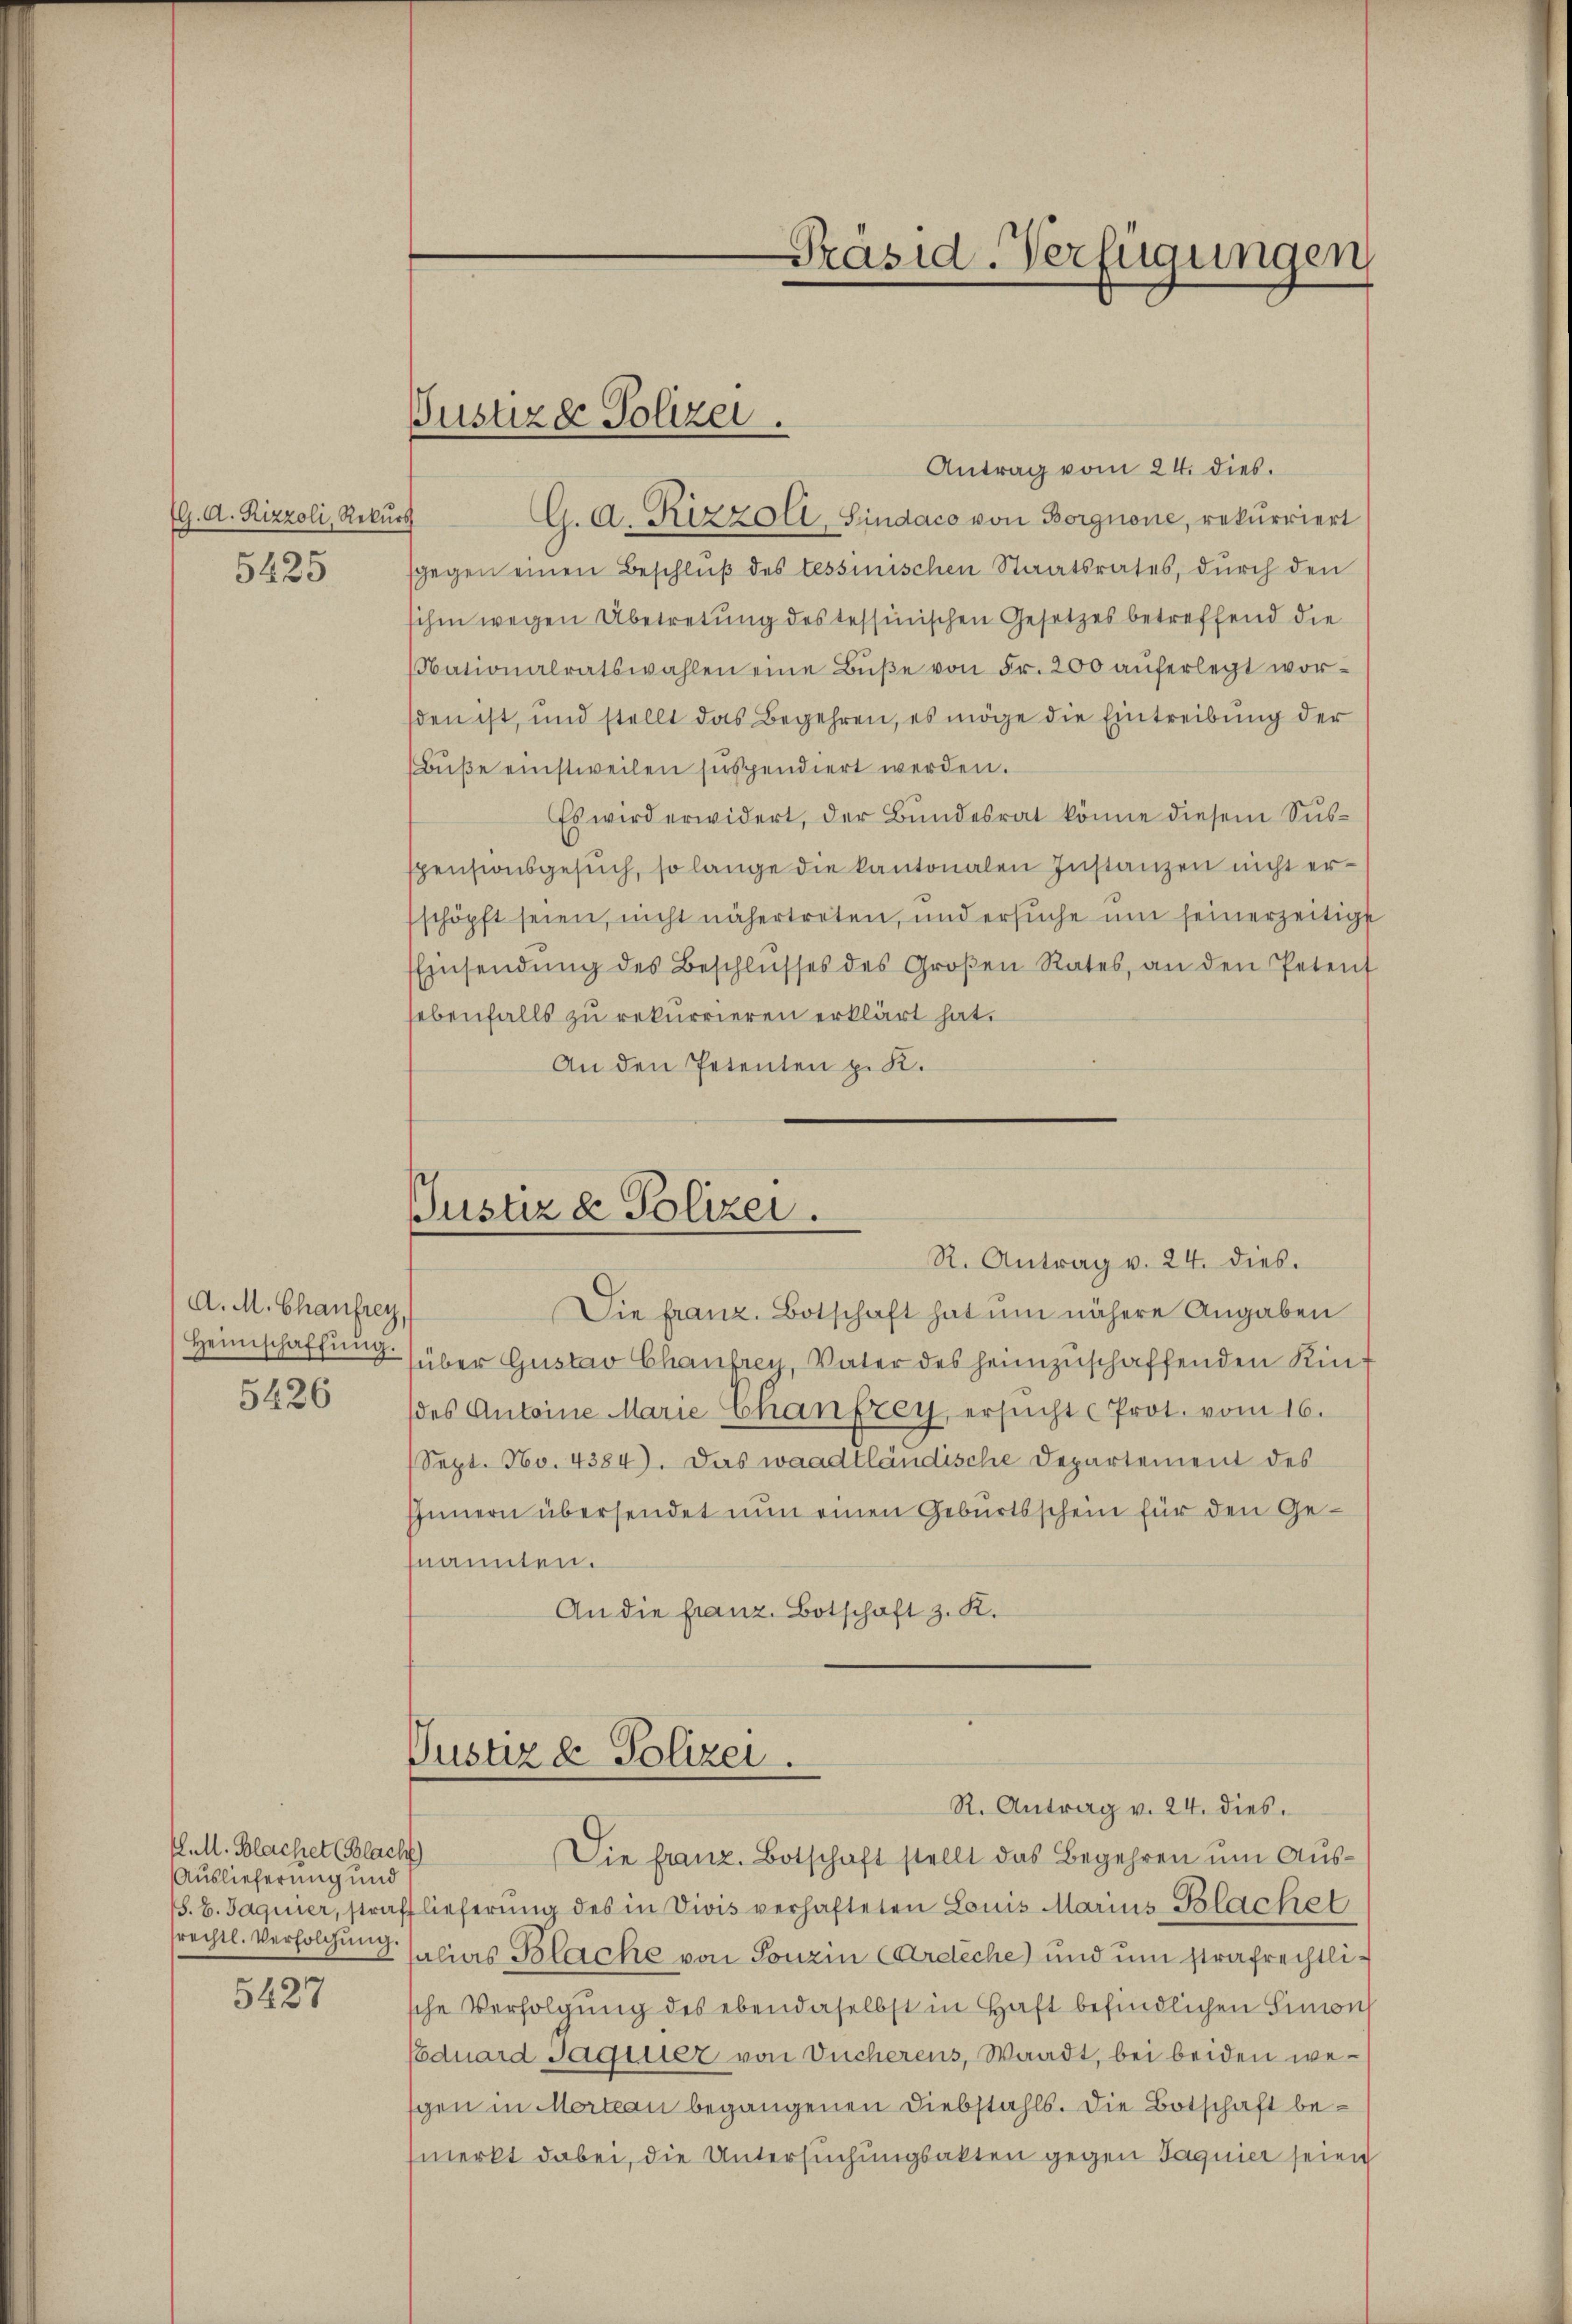
1G. A. Rizzoli, Rekurs
5425

A. M. Chaufrey,
5426

E.M. Blachet (Blacht
Auslieferung und
srechtl. Versolchung

5427

Antrag vom 24. dies.
G. A. Rizzoll, Sindaco von Borgnone, rekurriert
sgegen einen Beschluß des tessinischen Staatsrates, durch den
sihen wegen Abetretung des tessinischen Gesetzes betreffend die
bationalratswahlen eine Bŭβe von Fr. 200 auferlegt worsden ist, und stellt das Begehren, es möge die Eintreibung der
Bŭβe einstweilen suspendiert werden.
Es wird erwidert, der Bundesrat könne diesem Suspensionsgesuch, so lange die kantonalen Instanzen nicht erschöpft seien, nicht nähertreten, und ersŭche um seinerzeitige
Einsendŭng des Beschlŭsses des Großen Rates, an den Petent
sebenfalls zu rekurrieren erklärt hat.
An den Petenten p. K.

Justizde Polizei.

Die franz. Botschaft hat um nähere Angaben
Heimschaffung über Gustav Chaufrey, Vater des heimzuschaffenden Kin
des Antoine Marie Chanfrey, ersŭcht Prot. vom 16.
Sept. No. 4384). Das waadtländische Departement des
Innern übersendet nun einen Geburtsschein für den Genannten.
An die franz. Botschaft z. K.

Präsid-Verfügungen

Justiz & Polizei.
R. Antrag v. 24. dies.

Vustiz & Polizei.
R. Antrag v. 24. dies

Die franz. Botschaft stellt das Begehren um Aus¬
/S. B. Jaquier, strafflieferung des in Divis verhafteten Louis Marius Blackel
salias Blacke von Tonzin Carliche) und um strafrechtlische Verfolgung des ebendaselbst in Haft befindlichen Simon
Eduard Saginier von Ducherens, Waadt, bei beiden wesgen in Mortan begangenen Diebstahls. Die Botschaft bemerkt dabei, die Untersuchungsakten gegen Jaquier seien